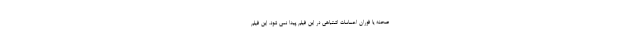
صحنه یا فوران احساسات اشتباهی در این فیلم پیدا نمی شود. این فیلم